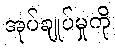
အုပ်ချုပ်မှုကို